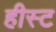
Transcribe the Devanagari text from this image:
हीस्ट